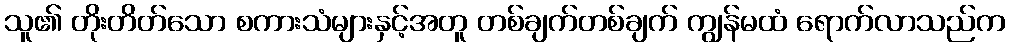
သူ၏ တိုးတိတ်သော စကားသံများနှင့်အတူ တစ်ချက်တစ်ချက် ကျွန်မထံ ရောက်လာသည်က